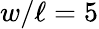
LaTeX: w/\ell=5